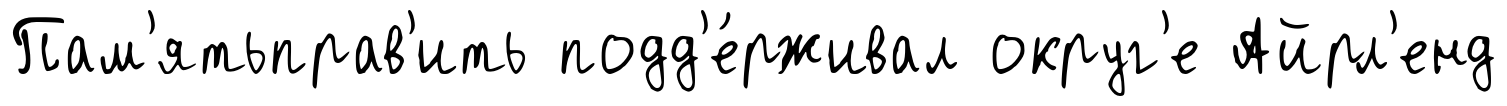
Пам'ятьправ'ить подд'е́рживал округ'е Айрл'енд